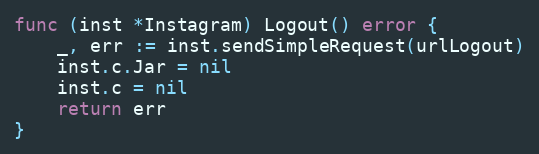
Language: Go
func (inst *Instagram) Logout() error {
	_, err := inst.sendSimpleRequest(urlLogout)
	inst.c.Jar = nil
	inst.c = nil
	return err
}